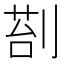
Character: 𭃵